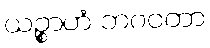
ယဉ္စာဟံ ဘဂဝတာ